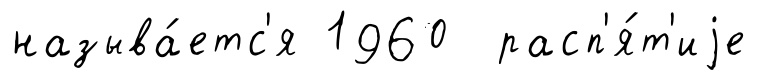
называ́етс'я 1960 расп'я́т'иjе